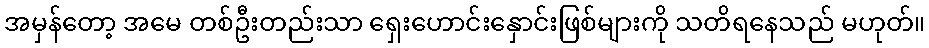
အမှန်တော့ အမေ တစ်ဦးတည်းသာ ရှေးဟောင်းနှောင်းဖြစ်များကို သတိရနေသည် မဟုတ်။